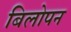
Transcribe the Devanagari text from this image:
बिलोपन